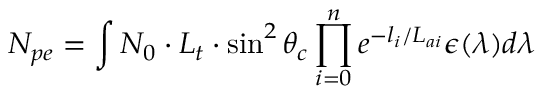
N _ { p e } = \int { N _ { 0 } \cdot L _ { t } \cdot \sin ^ { 2 } \theta _ { c } \prod _ { i = 0 } ^ { n } e ^ { - l _ { i } / L _ { a i } } \epsilon ( \lambda ) d \lambda }